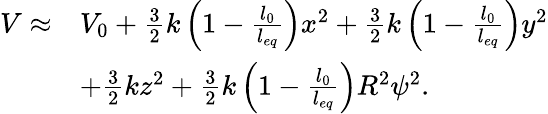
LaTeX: \begin{array}{rl}{V\approx}&{V_{0}+\frac{3}{2}k\left(1-\frac{l_{0}}{l_{eq}}\right)x^{2}+\frac{3}{2}k\left(1-\frac{l_{0}}{l_{eq}}\right)y^{2}}\\ &{+\frac{3}{2}kz^{2}+\frac{3}{2}k\left(1-\frac{l_{0}}{l_{eq}}\right)R^{2}\psi^{2}.}\end{array}